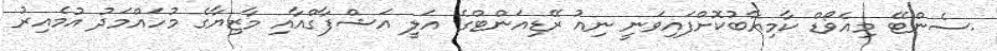
.ސެންޓޭ މިއެވޯޑް ކާމިޔާބުކޮށްފައިވަނީ ނިއު ރޭޑިއަންޓްގެ އަލީ އަޝްފާގްއާއި މާޒިޔާގެ މުހައްމަދު އުމެއިރު